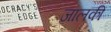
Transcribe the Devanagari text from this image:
जालकी